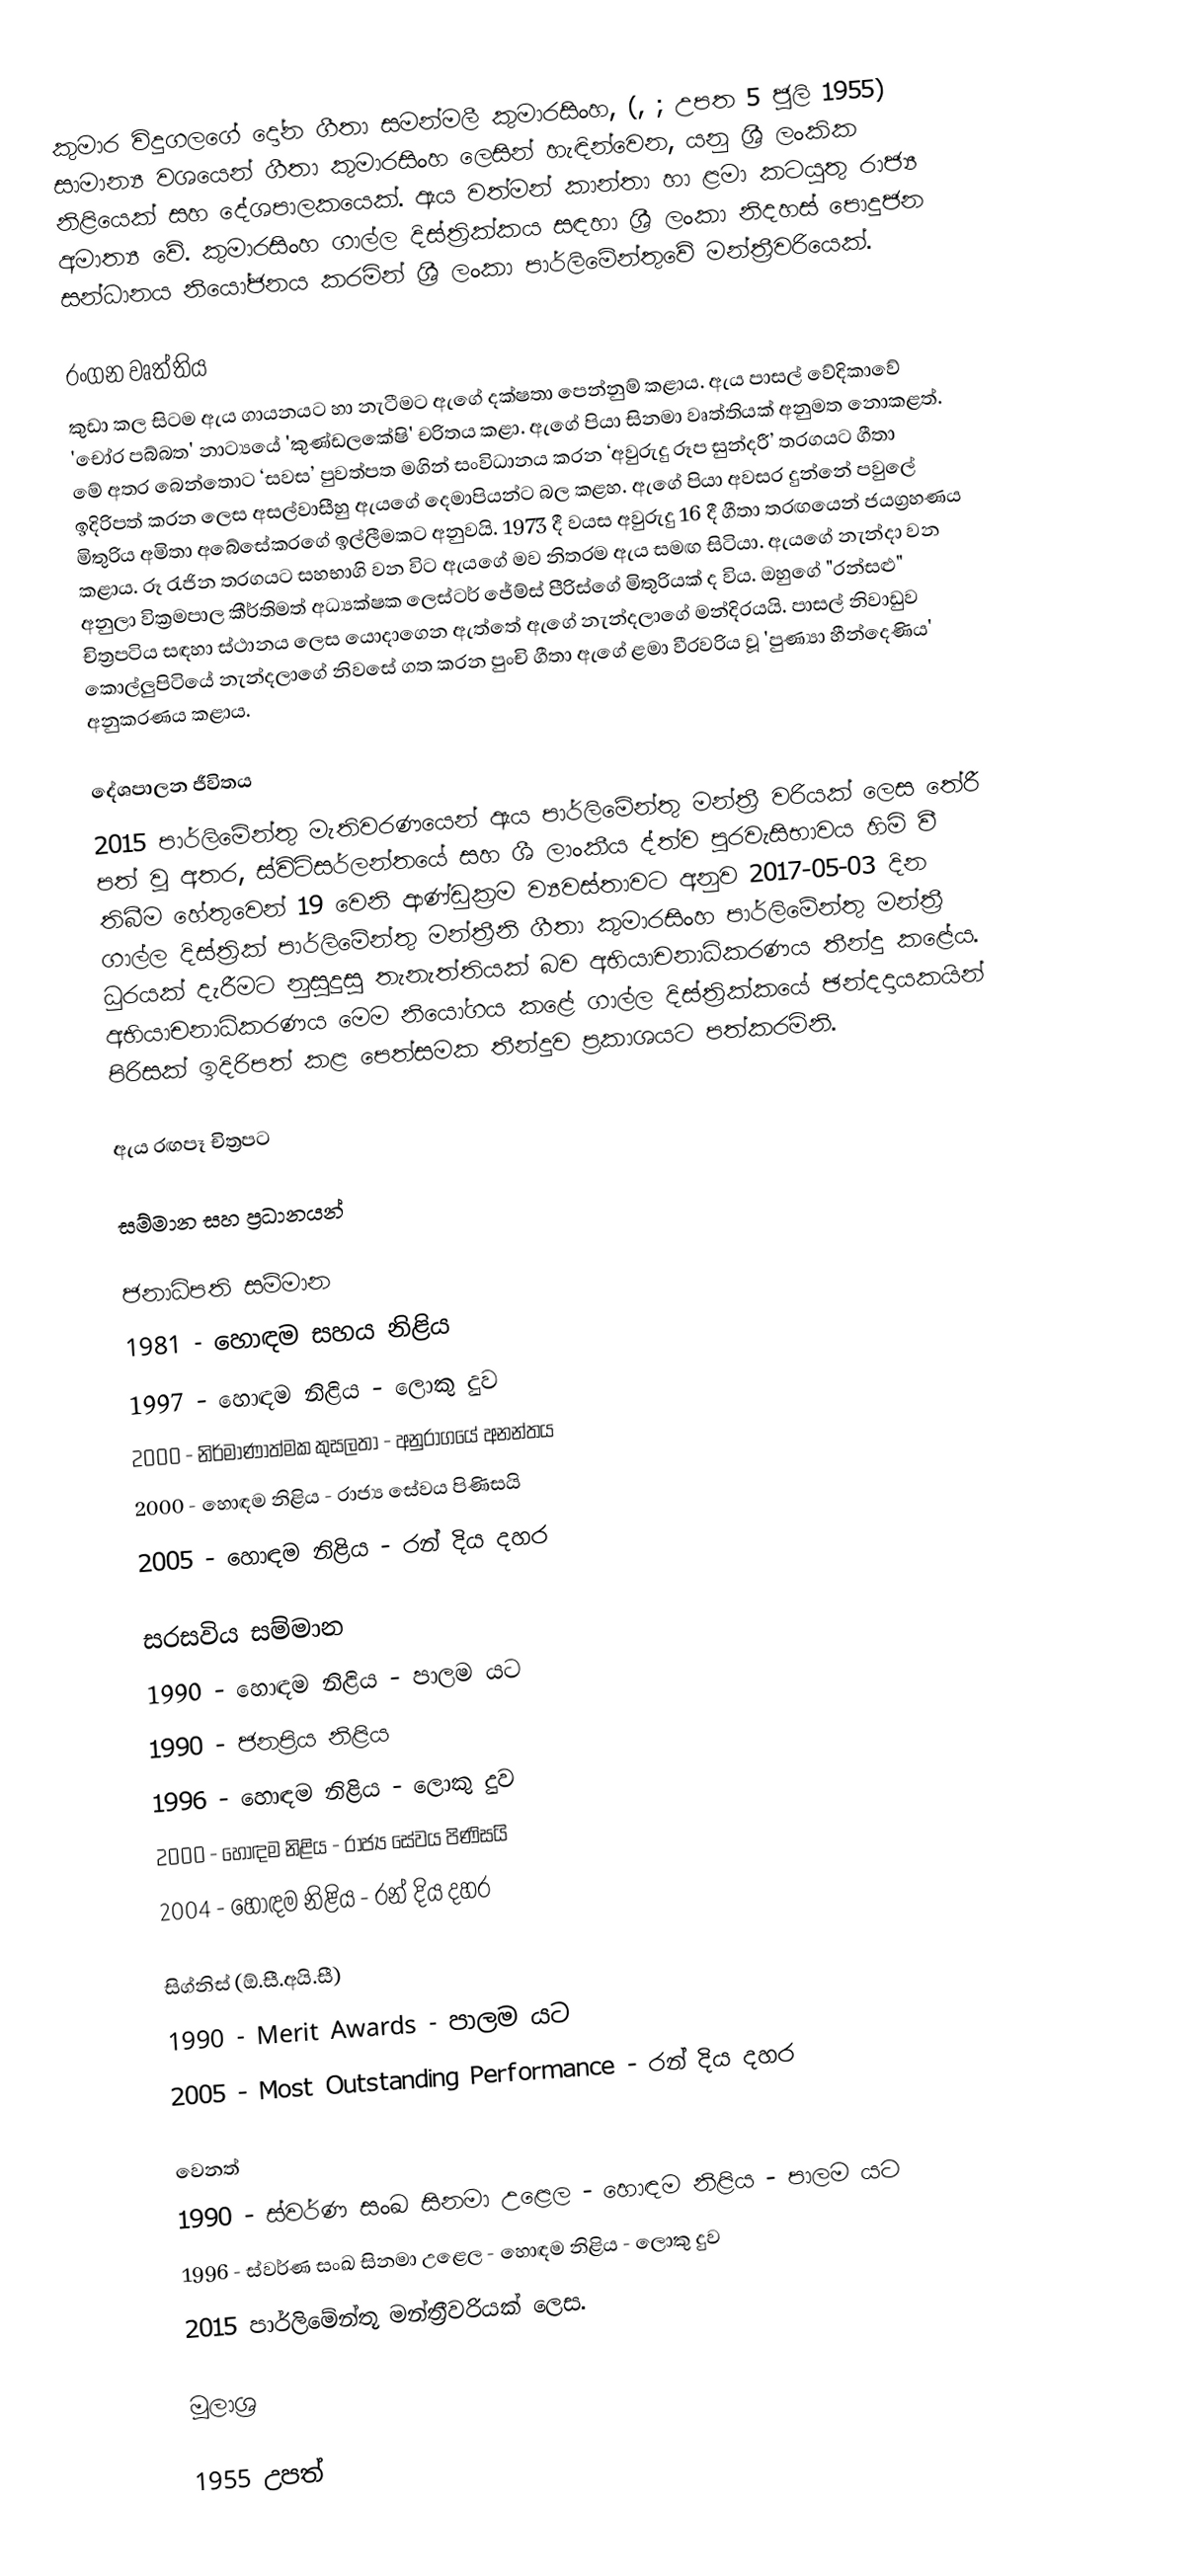
කුමාර විදුගලගේ දෝන ගීතා සමන්මලී කුමාරසිංහ, (, ; උපත 5 ජූලි 1955) සාමාන්‍ය වශයෙන් ගීතා කුමාරසිංහ ලෙසින් හැඳින්වෙන, යනු ශ්‍රී ලංකික නිළියෙක් සහ දේශපාලකයෙක්. ඇය වත්මන් කාන්තා හා ළමා කටයුතු රාජ්‍ය අමාත්‍ය වේ. කුමාරසිංහ ගාල්ල දිස්ත්‍රික්කය සඳහා ශ්‍රී ලංකා නිදහස් පොදුජන සන්ධානය නියෝජනය කරමින් ශ්‍රී ලංකා පාර්ලිමේන්තුවේ මන්ත්‍රීවරියෙක්.

රංගන වෘත්තිය
කුඩා කල සිටම ඇය ගායනයට හා නැටීමට ඇගේ දක්ෂතා පෙන්නුම් කළාය. ඇය පාසල් වේදිකාවේ 'චෝර පබ්බත' නාට්‍යයේ 'කුණ්ඩලකේෂි' චරිතය කළා. ඇගේ පියා සිනමා වෘත්තියක් අනුමත නොකළත්. මේ අතර බෙන්තොට ‘සවස’ පුවත්පත මගින් සංවිධානය කරන ‘අවුරුදු රූප සුන්දරී’ තරගයට ගීතා ඉදිරිපත් කරන ලෙස අසල්වාසීහු ඇයගේ දෙමාපියන්ට බල කළහ. ඇගේ පියා අවසර දුන්නේ පවුලේ මිතුරිය අමිතා අබේසේකරගේ ඉල්ලීමකට අනුවයි. 1973 දී වයස අවුරුදු 16 දී ගීතා තරඟයෙන් ජයග්‍රහණය කළාය. රූ රැජින තරගයට සහභාගි වන විට ඇයගේ මව නිතරම ඇය සමඟ සිටියා. ඇයගේ නැන්දා වන අනුලා වික්‍රමපාල කීර්තිමත් අධ්‍යක්ෂක ලෙස්ටර් ජේම්ස් පීරිස්ගේ මිතුරියක් ද විය. ඔහුගේ "රන්සළු" චිත්‍රපටිය සඳහා ස්ථානය ලෙස යොදාගෙන ඇත්තේ ඇගේ නැන්දලාගේ මන්දිරයයි.  පාසල් නිවාඩුව කොල්ලුපිටියේ නැන්දලාගේ නිවසේ ගත කරන පුංචි ගීතා ඇගේ ළමා වීරවරිය වූ 'පුණ්‍යා හීන්දෙණිය' අනුකරණය කළාය.

දේශපාලන ජීවිතය
2015 පාර්ලිමේන්තු මැතිවරණයෙන් ඇය පාර්ලිමේන්තු මන්ත්‍රී වරියක් ලෙස තේරී පත් වූ අතර, ස්විට්සර්ලන්තයේ සහ ශී ලාංකීය ද්ත්ව පුරවැසිභාවය හිමි වී තිබීම හේතුවෙන් 19 වෙනි ආණ්ඩුක්‍රම ව්‍යවස්තාවට අනුව 2017-05-03 දින ගාල්ල දිස්ත්‍රික් පාර්ලිමේන්තු මන්ත්‍රීනි ගීතා කුමාරසිංහ පාර්ලිමේන්තු මන්ත්‍රී ධුරයක් දැරීමට නුසුදුසු තැනැත්තියක් බව අභියාචනාධිකරණය තීන්දු කළේය. අභියාචනාධිකරණය මෙම නියෝගය කළේ ගාල්ල දිස්ත්‍රික්කයේ ඡන්දදායකයින් පිරිසක් ඉදිරිපත් කළ පෙත්සමක තීන්දුව ප්‍රකාශයට පත්කරමිනි.

ඇය රඟපෑ චිත්‍රපට

සම්මාන සහ ප්‍රධානයන්

ජනාධිපති සම්මාන
1981 - හොඳම සහය නිළිය
1997 - හොඳම නිළිය - ලොකු දුව
2000 - නිර්මාණාත්මක කුසලතා - අනුරාගයේ අනන්තය
2000 - හොඳම නිළිය - රාජ්‍ය සේවය පිණිසයි
2005 - හොඳම නිළිය - රන් දිය දහර

සරසවිය සම්මාන
1990 - හොඳම නිළිය - පාලම යට
1990 - ජනප්‍රිය නිළිය
1996 - හොඳම නිළිය - ලොකු දුව
2000 - හොඳම නිළිය - රාජ්‍ය සේවය පිණිසයි
2004 - හොඳම නිළිය - රන් දිය දහර

සිග්නිස් (ඕ.සී.අයි.සී)
1990 - Merit Awards - පාලම යට
2005 - Most Outstanding Performance - රන් දිය දහර

වෙනත්
1990 - ස්වර්ණ සංඛ සිනමා උළෙල - හොඳම නිළිය - පාලම යට
1996 - ස්වර්ණ සංඛ සිනමා උළෙල - හොඳම නිළිය - ලොකු දුව
2015 පාර්ලිමේන්තූ මන්ත්‍රීවරියක් ලෙස.

මූලාශ්‍ර

1955 උපත්